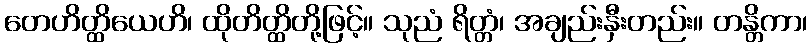
တေဟိတ္ထိယေဟိ၊ ထိုတိတ္ထိတို့ဖြင့်။ သုညံ ရိတ္တံ၊ အချည်းနှီးတည်း။ တန္တိကာ၊